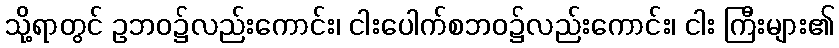
သို့ရာတွင် ဥဘဝ၌လည်းကောင်း၊ ငါးပေါက်စဘဝ၌လည်းကောင်း၊ ငါး ကြီးများ၏